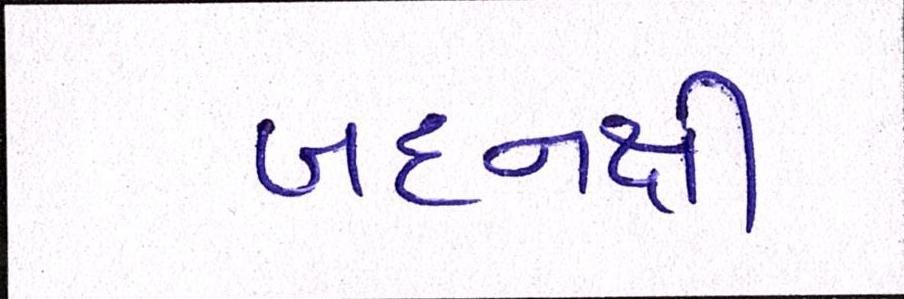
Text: બદનક્ષી